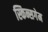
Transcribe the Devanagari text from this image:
स्किन्सगेम